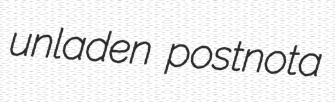
unladen postnota